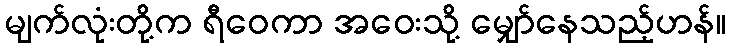
မျက်လုံးတို့က ရီဝေကာ အဝေးသို့ မျှော်နေသည့်ဟန်။